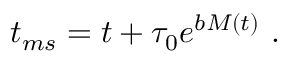
t _ { m s } = t + \tau _ { 0 } e ^ { b M ( t ) } \, \, .